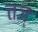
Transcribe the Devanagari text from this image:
तज्